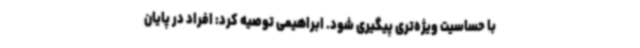
با حساسیت ویژه‌تری پیگیری شود. ابراهیمی توصیه کرد: افراد در پایان